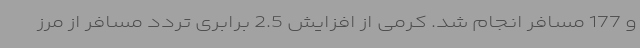
و 177 مسافر انجام شد. کرمی از افزایش 2.5 برابری تردد مسافر از مرز